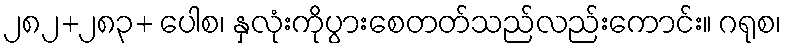
၂၈၂+၂၈၃+ ပေါစ၊ နှလုံးကိုပွားစေတတ်သည်လည်းကောင်း။ ဂရုစ၊